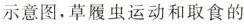
示意图，草履虫运动和取食的